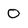
Character: 0